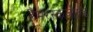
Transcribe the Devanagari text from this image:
हैमरस्कजोल्ड